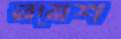
রয়েশ